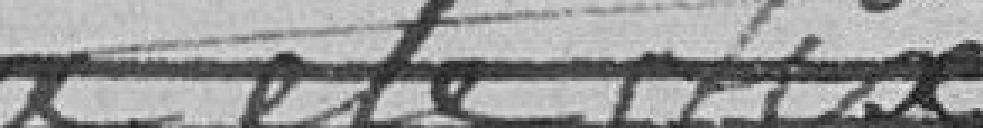
a été fixé